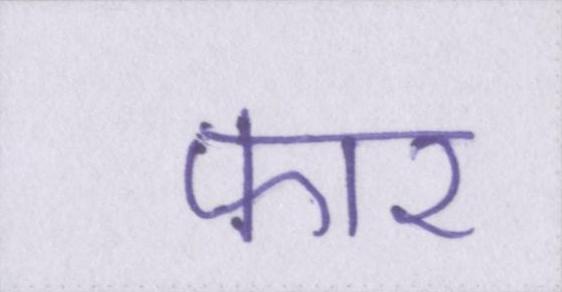
फार